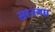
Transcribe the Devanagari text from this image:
सरनगध्र